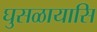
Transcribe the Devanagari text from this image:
घुसळायासि